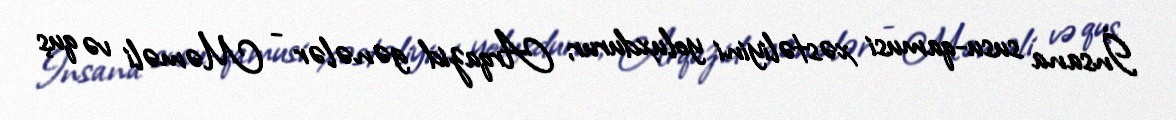
İnsana susu-qamusi xəstəliyini yoluxdurur; Arqazid gənələr - Məməli və quş